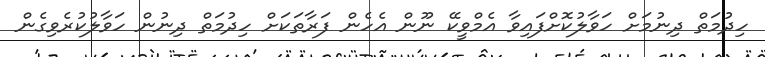
ހިދުމަތް ދިނުމަށް ހަވާލުކޮށްފައިވާ އެމްވީކޭ ނޫން އެހެން ފަރާތަކަށް ހިދުމަތް ދިނުން ހަވާލުކުރެވިގެން